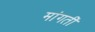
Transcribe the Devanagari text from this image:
मांगतीं